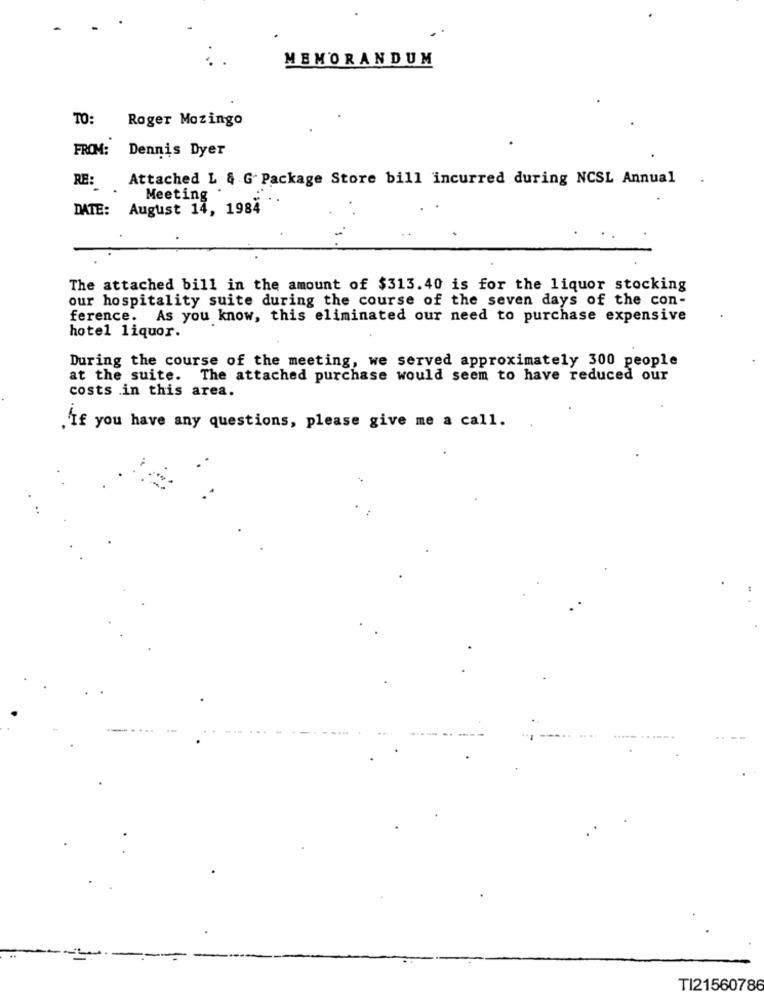
MEMORANDUM
TO: Roger Mozingo
FROM: Dennis Dyer
RE: Attached L & G Package Store bill incurred during NCSL Annual
Meeting
DATE: August 14, 1984
The attached bill in the amount of $313.40 is for the liquor stocking
our hospitality suite during the course of the seven days of the con-
ference. As you know, this eliminated our need to purchase expensive
hotel liquor.
During the course of the meeting, we served approximately 300 people
at the suite. The attached purchase would seem to have reduced our
costs .in this area.
'If you have any questions, please give me a call.
TI21560786